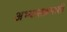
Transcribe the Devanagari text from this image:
अभ्यासक्रमाशी